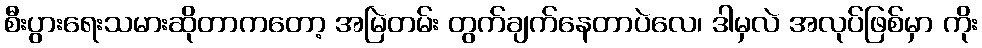
စီးပွားရေးသမားဆိုတာကတော့ အမြဲတမ်း တွက်ချက်နေတာပဲလေ၊ ဒါမှလဲ အလုပ်ဖြစ်မှာ ကိုး